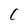
Character: C